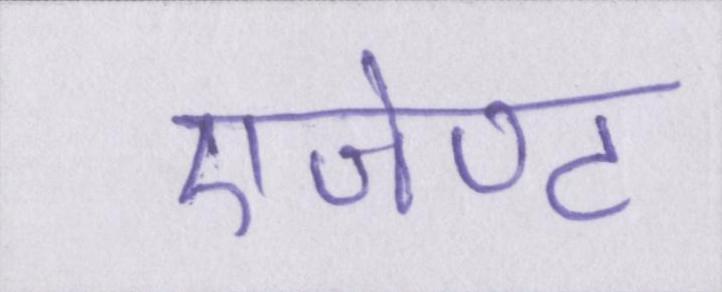
एजेण्ट